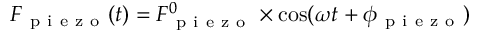
F _ { \mathrm { ~ p ~ i ~ e ~ z ~ o ~ } } ( t ) = F _ { \mathrm { ~ p ~ i ~ e ~ z ~ o ~ } } ^ { 0 } \times \cos ( \omega t + \phi _ { \mathrm { ~ p ~ i ~ e ~ z ~ o ~ } } )